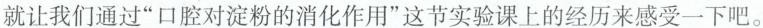
就让我们通过”口腔对淀粉的消化作用”这节实验课上的经历来感受一下吧。